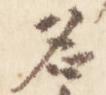
名